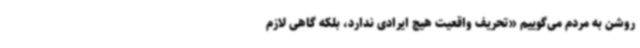
روشن به مردم می‌گوییم «تحریف واقعیت هیچ ایرادی ندارد، بلکه گاهی لازم